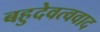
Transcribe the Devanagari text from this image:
बहुदेवत्ववाद